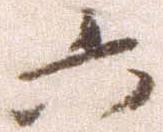
六